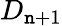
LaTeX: D_{\mathtt{n}+1}